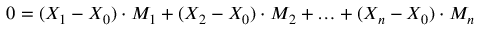
0 = ( X _ { 1 } - X _ { 0 } ) \cdot M _ { 1 } + ( X _ { 2 } - X _ { 0 } ) \cdot M _ { 2 } + \ldots + ( X _ { n } - X _ { 0 } ) \cdot M _ { n }